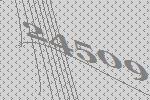
24509